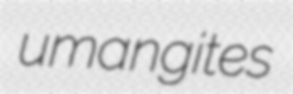
umangites